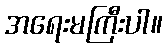
အရေးမကြီးပါ။